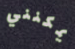
يمكنني